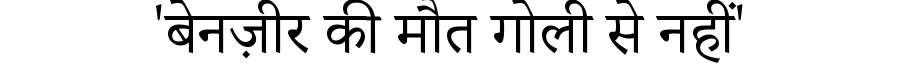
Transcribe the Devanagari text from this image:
'बेनज़ीर की मौत गोली से नहीं'